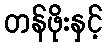
တန်ဖိုးနှင့်